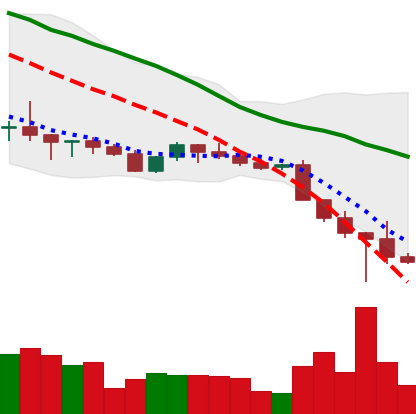
Ticker: ADA-USD
Chart end date: 2022-10-15
Forward return: -6.458%
Label: down_5_7